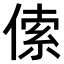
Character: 𠋲